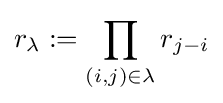
r_{\lambda }:=\prod _{(i,j)\in \lambda }r_{j-i}